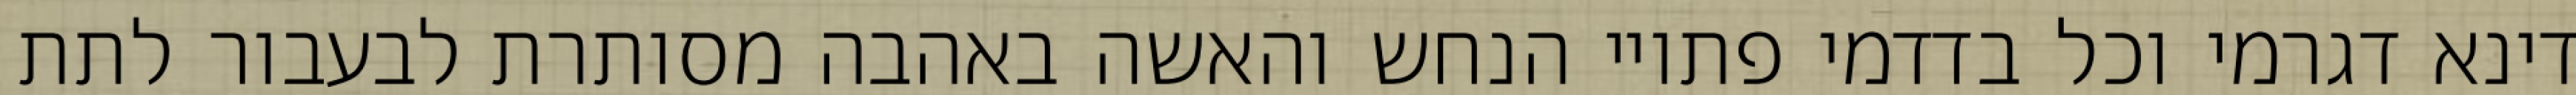
דינא דגרמי וכל בדדמי פתויי הנחש והאשה באהבה מסותרת לבעבור לתת